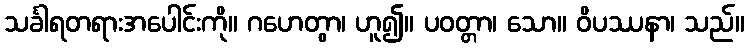
သင်္ခါရတရားအပေါင်းကို။ ဂဟေတွာ၊ ဟူ၍။ ပဝတ္တာ၊ သော။ ဝိပဿနာ၊ သည်။